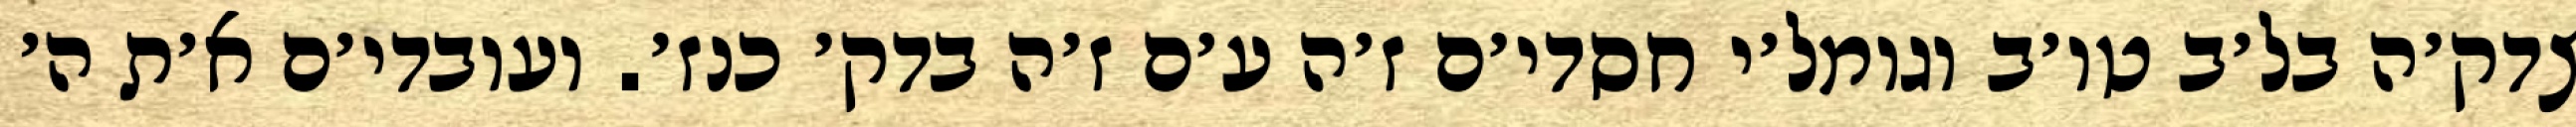
צדק׳ה בל׳ב טו׳ב וגומל׳י חסדי׳ם ז׳ה ע׳ם ז׳ה בדק׳ כנז׳. ועובדי׳ם א׳ת ה׳